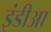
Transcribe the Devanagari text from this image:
इंडीआ